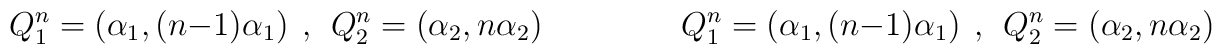
Q_{1}^{n}= (\alpha_{1},(n-1)\alpha_{1}) \hspace{5pt},\hspace{5pt}Q_{2}^{n}= (\alpha_{2},n\alpha_{2})\hspace{50pt}Q_{1}^{n}=(\alpha_{1},(n-1)\alpha_{1}) \hspace{5pt},\hspace{5pt} Q_{2}^{n}=(\alpha_{2},n\alpha_{2})